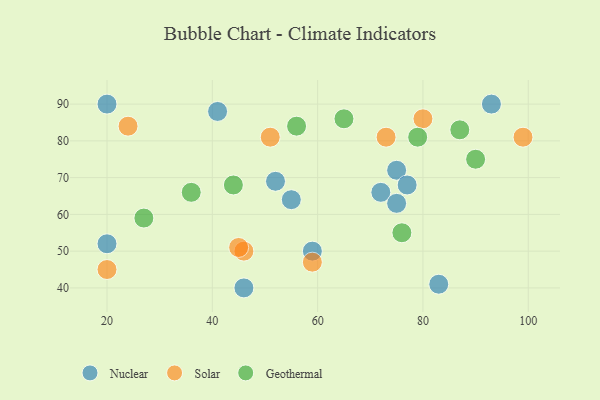
{"axis": {"x": "GDP", "y": "Life Expectancy"}, "legend": ["Geothermal", "Nuclear", "Solar"], "data": [{"x": "55", "y": 64, "type": "Nuclear"}, {"x": "93", "y": 90, "type": "Nuclear"}, {"x": "52", "y": 69, "type": "Nuclear"}, {"x": "46", "y": 40, "type": "Nuclear"}, {"x": "41", "y": 88, "type": "Nuclear"}, {"x": "20", "y": 52, "type": "Nuclear"}, {"x": "83", "y": 41, "type": "Nuclear"}, {"x": "75", "y": 72, "type": "Nuclear"}, {"x": "77", "y": 68, "type": "Nuclear"}, {"x": "72", "y": 66, "type": "Nuclear"}, {"x": "59", "y": 50, "type": "Nuclear"}, {"x": "75", "y": 63, "type": "Nuclear"}, {"x": "20", "y": 90, "type": "Nuclear"}, {"x": "24", "y": 84, "type": "Solar"}, {"x": "99", "y": 81, "type": "Solar"}, {"x": "46", "y": 50, "type": "Solar"}, {"x": "45", "y": 51, "type": "Solar"}, {"x": "51", "y": 81, "type": "Solar"}, {"x": "20", "y": 45, "type": "Solar"}, {"x": "80", "y": 86, "type": "Solar"}, {"x": "73", "y": 81, "type": "Solar"}, {"x": "59", "y": 47, "type": "Solar"}, {"x": "76", "y": 55, "type": "Geothermal"}, {"x": "36", "y": 66, "type": "Geothermal"}, {"x": "56", "y": 84, "type": "Geothermal"}, {"x": "87", "y": 83, "type": "Geothermal"}, {"x": "65", "y": 86, "type": "Geothermal"}, {"x": "79", "y": 81, "type": "Geothermal"}, {"x": "44", "y": 68, "type": "Geothermal"}, {"x": "27", "y": 59, "type": "Geothermal"}, {"x": "90", "y": 75, "type": "Geothermal"}]}